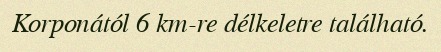
Korponától 6 km-re délkeletre található.